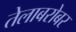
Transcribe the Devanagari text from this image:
तेलाबरोबर